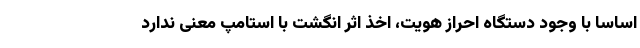
اساسا با وجود دستگاه احراز هویت، اخذ اثر انگشت با استامپ معنی ندارد